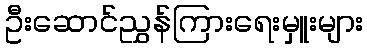
ဦးဆောင်ညွှန်ကြားရေးမှူးများ